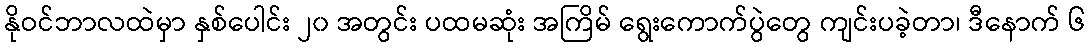
နိုဝင်ဘာလထဲမှာ နှစ်ပေါင်း ၂၀ အတွင်း ပထမဆုံး အကြိမ် ရွေးကောက်ပွဲတွေ ကျင်းပခဲ့တာ၊ ဒီနောက် ၆